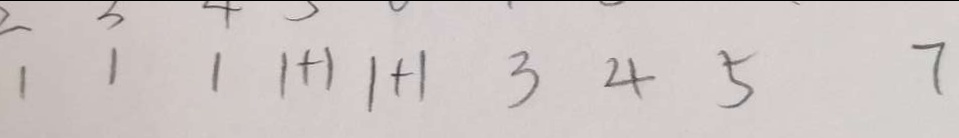
1 1 1 1 + 1 1 + 1 3 4 5 7